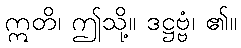
ဣတိ၊ ဤသို့။ ဒဋ္ဌဗ္ဗံ၊ ၏။